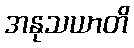
အနုသယာတိ